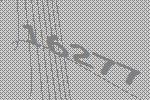
16277